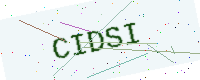
Text: CIDSI